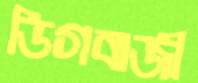
ডিগবাজী